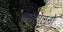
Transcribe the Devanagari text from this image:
आन्दोलनो